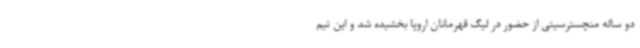
دو ساله منچسترسیتی از حضور در لیگ قهرمانان اروپا بخشیده شد و این تیم